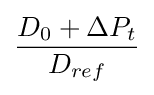
D_{0}+\Delta {P}_{t} \over D_{ref}